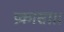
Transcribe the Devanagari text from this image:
प्रकासा।।